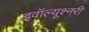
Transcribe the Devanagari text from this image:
इवॉल्यूश्नरी